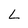
Character: L